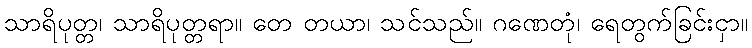
သာရိပုတ္တ၊ သာရိပုတ္တရာ။ တေ တယာ၊ သင်သည်။ ဂဏေတုံ၊ ရေတွက်ခြင်းငှာ။